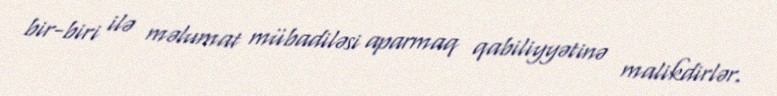
bir-biri ilə məlumat mübadiləsi aparmaq qabiliyyətinə malikdirlər.